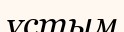
ұстым